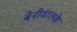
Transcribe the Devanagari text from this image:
बेनीवालके